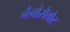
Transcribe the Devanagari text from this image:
नैनोरोबोट